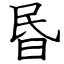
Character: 昬